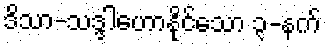
ဒိသာ-သဒ္ဒါဟောနိုင်သော ၃-နက်